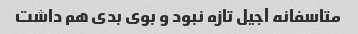
متاسفانه آجیل تازه نبود و بوی بدی هم داشت